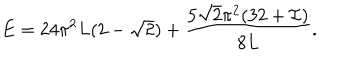
LaTeX: E = 2 4 \pi ^ { 2 } L ( 2 - \sqrt { 2 } ) + \frac { 5 \sqrt { 2 } \pi ^ { 2 } ( 3 2 + { \cal I } ) } { 8 L } .